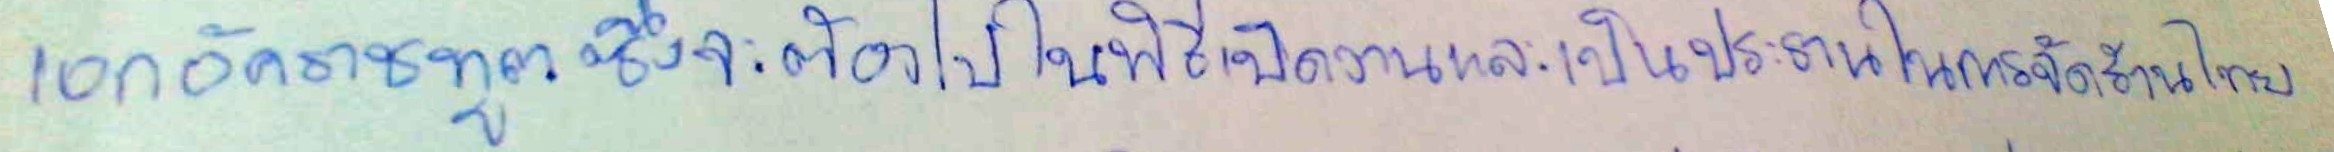
เอกอัครราชทูตซึ่งจะต้องไปในพิธีเปิดงานและเป็นประธานในการจัดร้านไทย